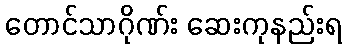
တောင်သာဂိုဏ်း ဆေးကုနည်းရ